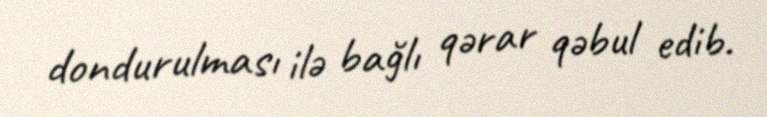
dondurulması ilə bağlı qərar qəbul edib.